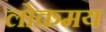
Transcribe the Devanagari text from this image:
लोकमय